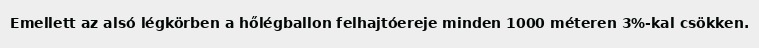
Emellett az alsó légkörben a hőlégballon felhajtóereje minden 1000 méteren 3%-kal csökken.